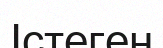
Істеген